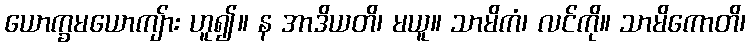
ယောက္ခမယောကျ်ား ဟူ၍။ န အာဒိယတိ၊ မယူ။ သာမိကံ၊ လင်ကို။ သာမိကောတိ၊